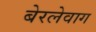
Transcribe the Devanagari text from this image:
बेरलेवाग